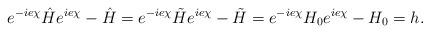
LaTeX: \begin{align*}e^{-ie\chi}\hat{H}e^{ie\chi}-\hat{H} = e^{-ie\chi}\tilde{H}e^{ie\chi}-\tilde{H}= e^{-ie\chi}H_0e^{ie\chi}-H_0 = h.\end{align*}